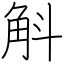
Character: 斛